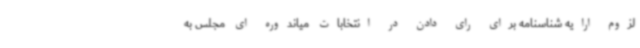
لزوم ارایه شناسنامه برای رای دادن در انتخابات میاندوره ای مجلس به